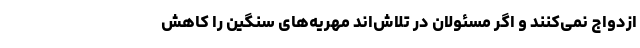
ازدواج نمی‌کنند و اگر مسئولان در تلاش‌اند مهریه‌های سنگین را کاهش